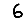
Digit: 6